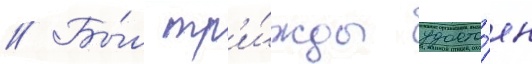
// Бы́л тр'и́жды удосто́ен